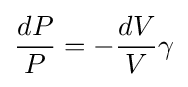
{\frac {dP}{P}}=-{\frac {dV}{V}}\gamma